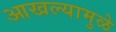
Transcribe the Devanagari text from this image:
आखल्यामुळे